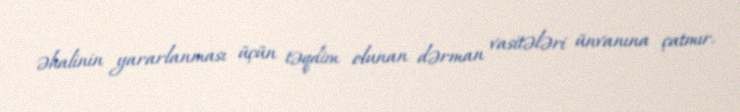
əhalinin yararlanması üçün təqdim olunan dərman vasitələri ünvanına çatmır.